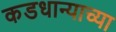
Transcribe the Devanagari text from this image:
कडधान्याच्या